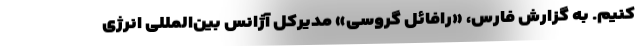
کنیم. به گزارش فارس، «رافائل گروسی» مدیرکل آژانس بین‌المللی انرژی